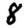
Digit: 8